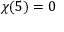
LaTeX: \chi ( 5 ) = 0